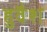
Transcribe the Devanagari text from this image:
हुवैश